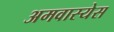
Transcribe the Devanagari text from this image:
अमवास्येस